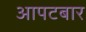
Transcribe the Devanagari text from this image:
आपटबार